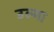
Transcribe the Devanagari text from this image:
उल्मा